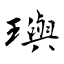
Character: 璵